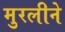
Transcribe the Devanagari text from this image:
मुरलीने